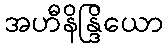
အဟီနိန္ဒြိယော